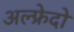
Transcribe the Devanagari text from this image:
अल्फ्रेदो